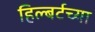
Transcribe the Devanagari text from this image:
हिल्बर्टच्या